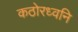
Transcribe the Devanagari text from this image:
कठोरध्वनि